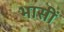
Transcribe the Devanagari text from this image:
भासीं